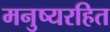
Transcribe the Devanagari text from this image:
मनुष्यरहित